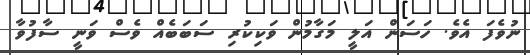
ނުވެފަ އެވެ. ހަސަން އަލީ މަގާމުން ވަކިކުރި ސަބަބެއްް ވެސް ވަނީ ސާފުވާ